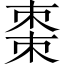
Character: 棗